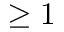
\geq 1